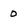
Character: 0